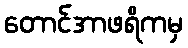
တောင်အာဖရိကမှ